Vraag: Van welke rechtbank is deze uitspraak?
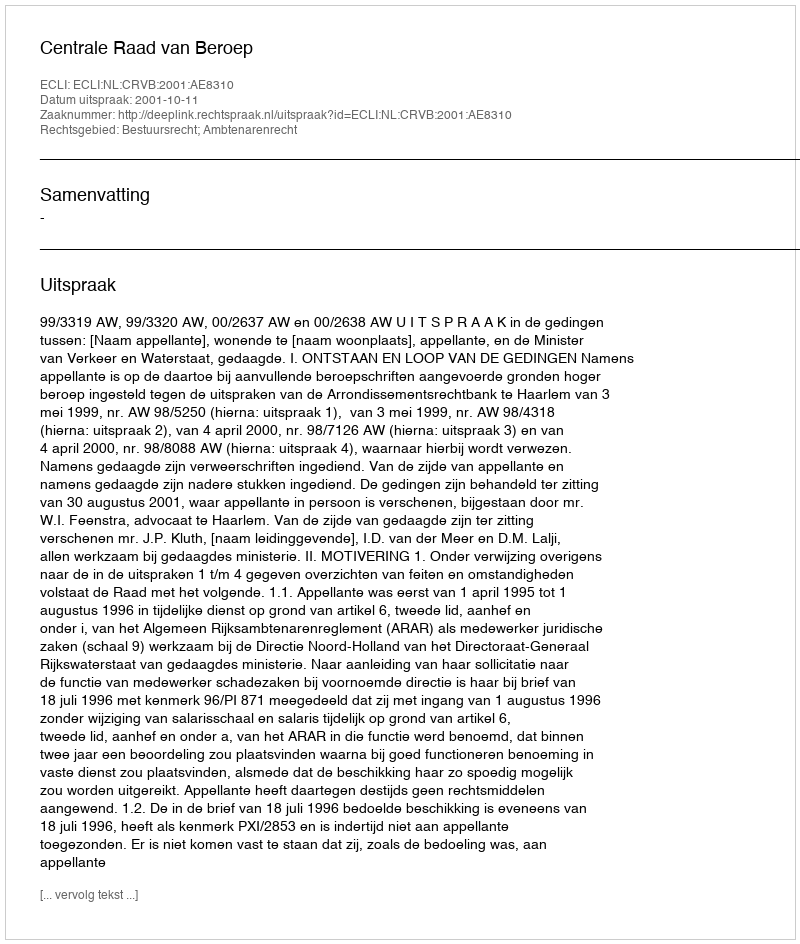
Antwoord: Centrale Raad van Beroep